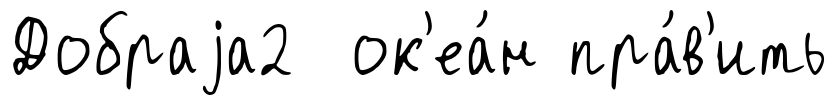
Добраjа2 ок'еа́н пра́в'ить